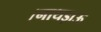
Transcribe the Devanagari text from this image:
।नाथड़ाऊ